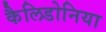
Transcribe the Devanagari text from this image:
कैलिडोनिया